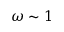
\omega \sim 1